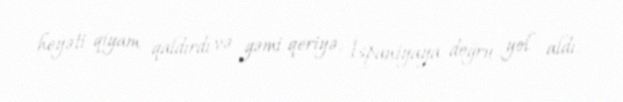
heyəti qiyam qaldırdı və gəmi qeriyə, İspaniyaya doğru yol aldı.